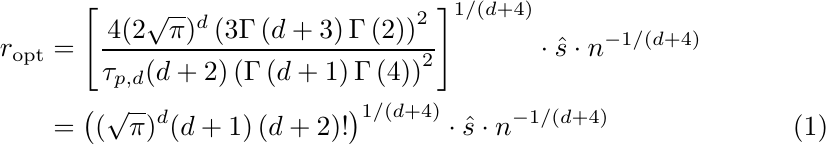
\begin{align}
    r_{\text{opt}}&= \left[ \dfrac{4 (2\sqrt{\pi})^{d} \left(3 \Gamma\left(d + 3\right) \Gamma\left(2\right)
    \right)^2}{\tau_{p, d} (d+2)\left(\Gamma\left(d + 1\right) \Gamma\left(4\right)\right)^2}\right]^{1/(d+4)}
     \cdot \hat{s} \cdot n^{-1/(d+4)} \nonumber\\
      &= \left((\sqrt{\pi})^d (d+1) \left(d+2\right) ! \right)^{1/(d+4)}
     \cdot \hat{s} \cdot n^{-1/(d+4)} \label{eq:app_l1expr}
\end{align}